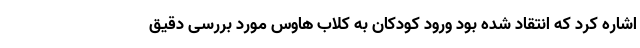
اشاره کرد که انتقاد شده بود ورود کودکان به کلاب هاوس مورد بررسی دقیق